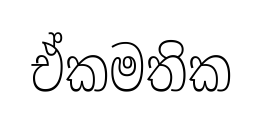
ඒකමතික